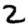
Digit: 2